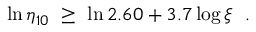
\ln \eta _ { 1 0 } \ \geq \ \ln 2 . 6 0 + 3 . 7 \log \xi \ \ .